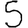
Digit: 5